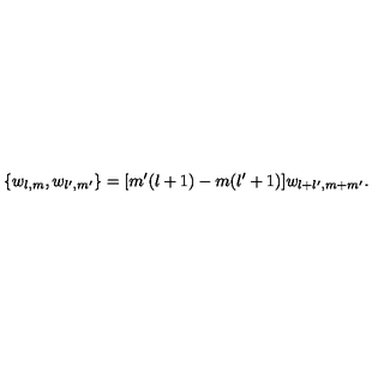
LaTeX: \{ w _ { l , m } , w _ { l ^ { \prime } , m ^ { \prime } } \} = [ m ^ { \prime } ( l + 1 ) - m ( l ^ { \prime } + 1 ) ] w _ { l + l ^ { \prime } , m + m ^ { \prime } } .